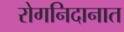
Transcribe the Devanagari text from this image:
रोगनिदानात